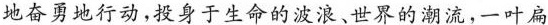
地奋勇地行动，投身于生命的波浪、世界的潮流，一叶扁